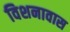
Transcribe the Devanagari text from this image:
विशनावास